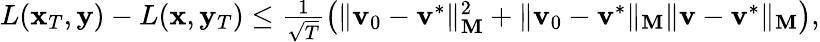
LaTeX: \begin{array}{r}{L(\mathbf{x}_{T},\mathbf{y})-L(\mathbf{x},\mathbf{y}_{T})\leq\frac{1}{\sqrt{T}}\left(\| \mathbf{v}_{0}-\mathbf{v}^{*}\| _{\mathbf{M}}^{2}+\| \mathbf{v}_{0}-\mathbf{v}^{*}\| _{\mathbf{M}}\| \mathbf{v}-\mathbf{v}^{*}\| _{\mathbf{M}}\right),}\end{array}